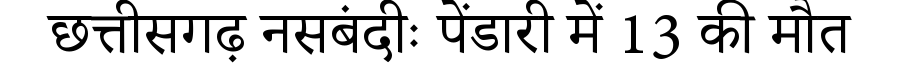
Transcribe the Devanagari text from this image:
छत्तीसगढ़ नसबंदीः पेंडारी में 13 की मौत